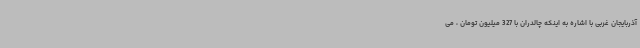
آذربایجان غربی با اشاره به اینکه چالدران با 327 میلیون تومان ، می